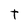
Character: t